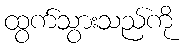
ထွက်သွားသည်ကို